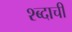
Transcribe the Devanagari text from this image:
श्ब्दाची